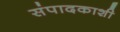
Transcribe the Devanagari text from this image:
संपादकाशी